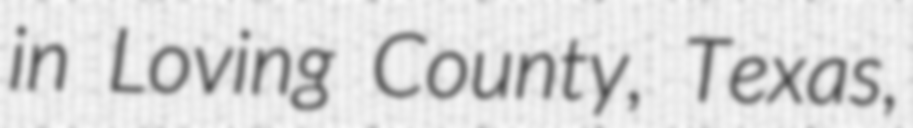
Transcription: in Loving County, Texas,